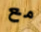
مع